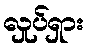
လှုပ်ရှား